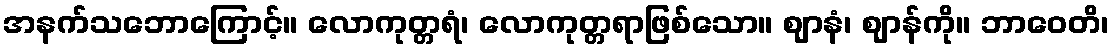
အနက်သဘောကြောင့်။ လောကုတ္တရံ၊ လောကုတ္တရာဖြစ်သော။ ဈာနံ၊ ဈာန်ကို။ ဘာဝေတိ၊